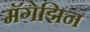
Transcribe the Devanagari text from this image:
मॅगेझिन